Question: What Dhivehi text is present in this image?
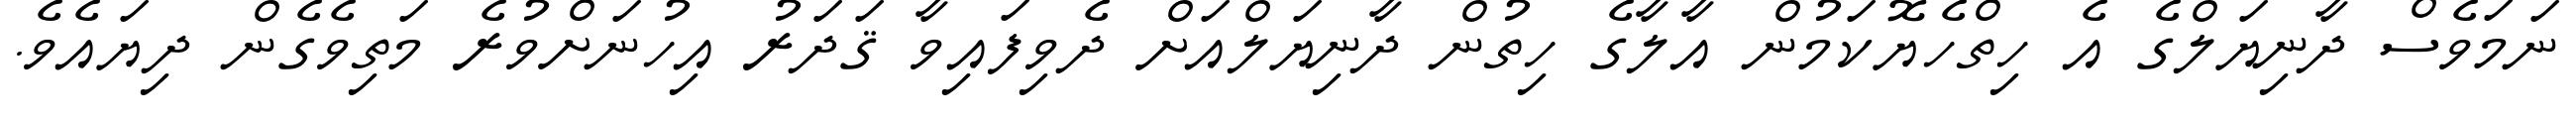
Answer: ނަމަވެސް ދާނިޔަލްގެ އެ ހިތްހެޔޮކަމުން އާލާގެ ހިތުން ދާނިޔަލްއަށް ދެވިފައިވާ ޤަދަރު އިހުނަށްވުރެ މަތިވެގެން ދިޔައެވެ.